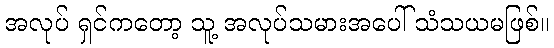
အလုပ် ရှင်ကတော့ သူ့ အလုပ်သမားအပေါ် သံသယမဖြစ်။